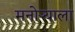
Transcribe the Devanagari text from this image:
मनोऱ्याला